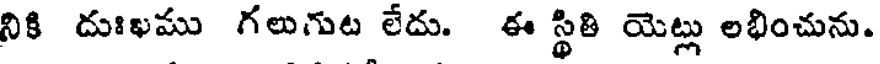
నికి దుఃఖము గలుగుట లేదు. ఈ స్థితి యెట్లు లభించును.